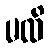
မထိ